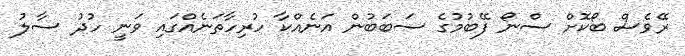
ރޭވެސް ބޯކޮށް ސްނޯ ފޭބުމުގެ ސަބަބުން އަނެއްކާ ހުރިހާތަނެއްގައި ވަނީ ހުދު ސާލު